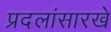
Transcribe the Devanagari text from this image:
प्रदलांसारखे